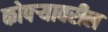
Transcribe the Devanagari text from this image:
कोपर्‍यावरील